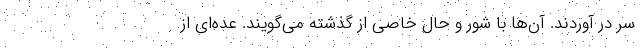
سر در آوردند. آن‌ها با شور و حال خاصی از گذشته می‌گویند. عده‌ای از